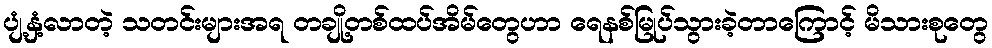
ပျံ့နှံ့လာတဲ့ သတင်းများအရ တချို့တစ်ထပ်အိမ်တွေဟာ ရေနစ်မြုပ်သွားခဲ့တာကြောင့် မိသားစုတွေ